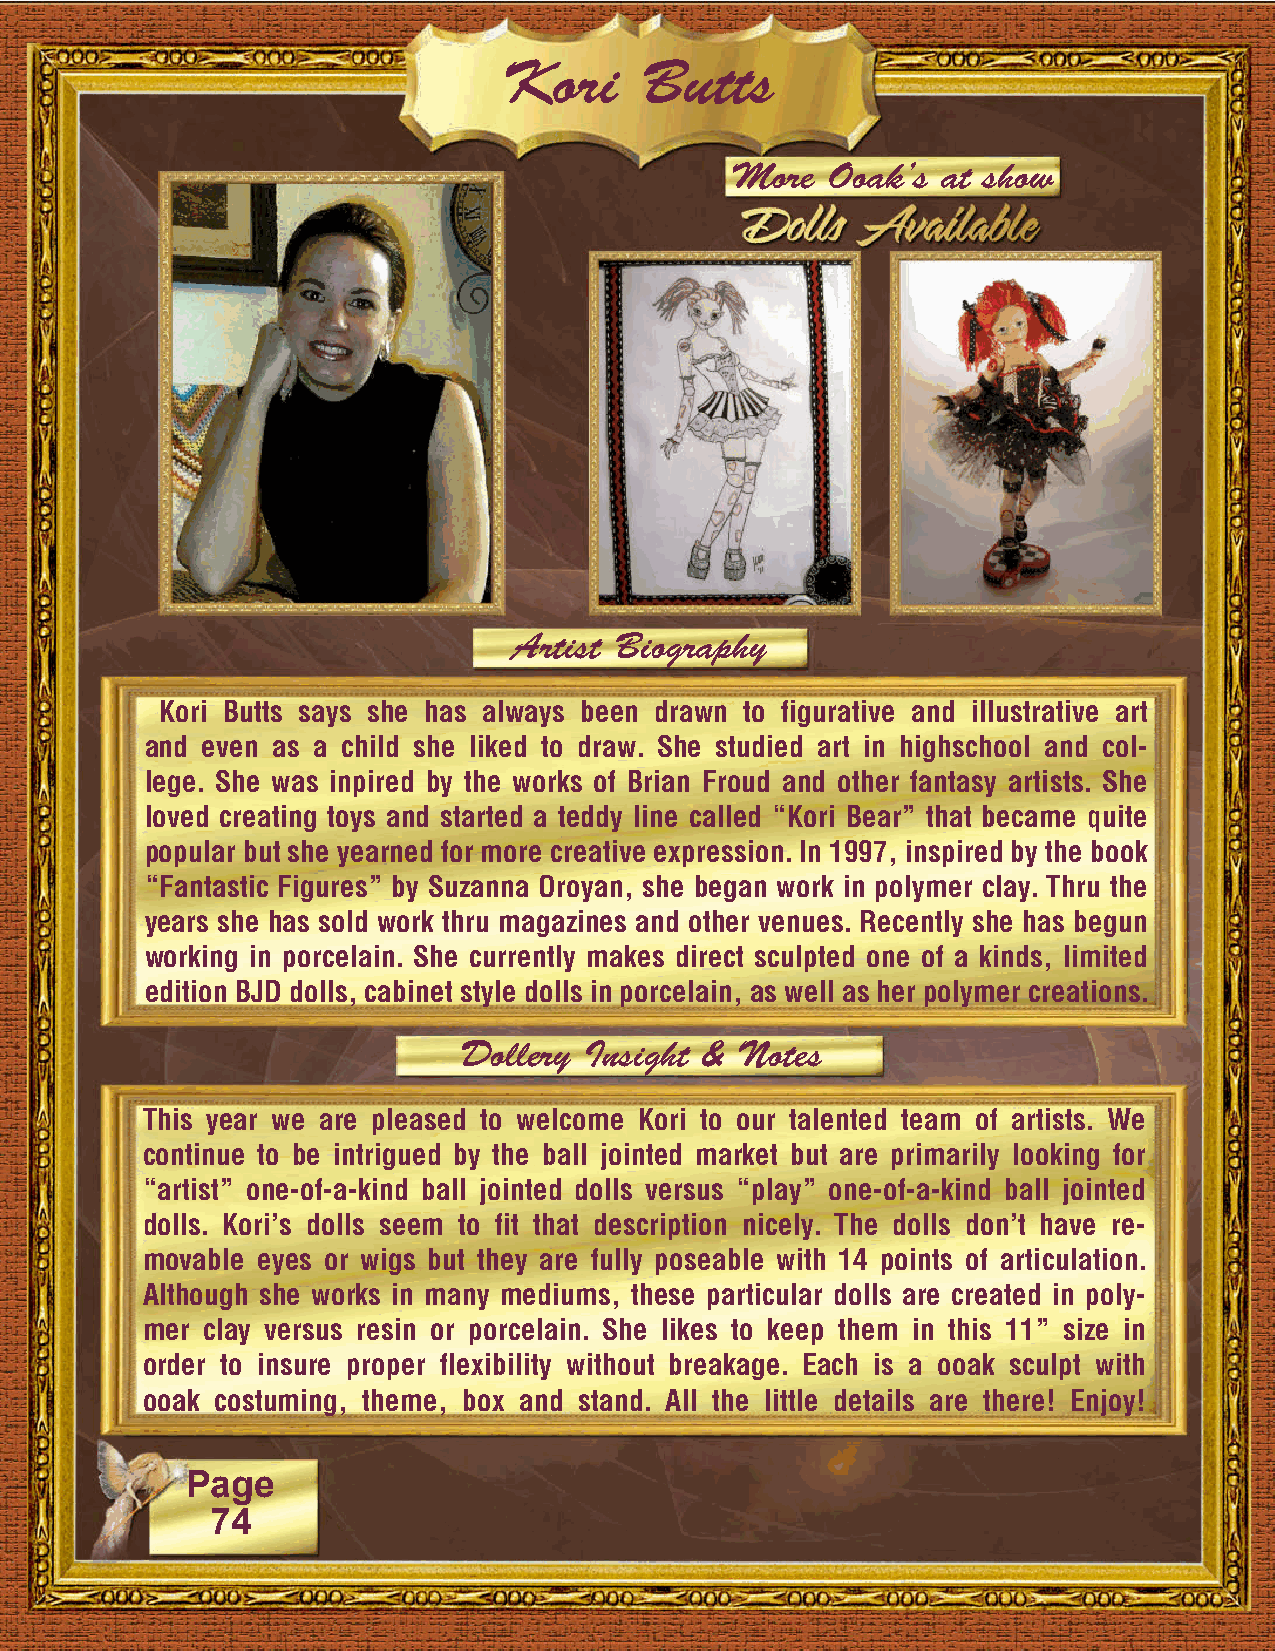
Kori     Butts
 More   Ooak’s at show
 Artist Biography
 Kori Butts says she has always been drawn to figurative and illustrative art
 and even as a child she liked to draw. She studied art in highschool and col-
 lege. She was inpired by the works of Brian Froud and other fantasy artists. She
 loved creating toys and started a teddy line called “Kori Bear” that became quite
 popular but she yearned for more creative expression. In 1997, inspired by the book
 “Fantastic Figures” by Suzanna Oroyan, she began work in polymer clay. Thru the
 years she has sold work thru magazines and other venues. Recently she has begun
 working in porcelain. She currently makes direct sculpted one of a kinds, limited
 edition BJD dolls, cabinet style dolls in porcelain, as well as her polymer creations.
 Dollery  Insight & Notes
 This year we are pleased to welcome Kori to our talented team of artists. We
 continue to be intrigued by the ball jointed market but are primarily looking for
 “artist” one-of-a-kind ball jointed dolls versus “play” one-of-a-kind ball jointed
 dolls. Kori’s dolls seem to fit that description nicely. The dolls don’t have re-
 movable eyes or wigs but they are fully poseable with 14 points of articulation.
 Although she works in many mediums, these particular dolls are created in poly-
 mer clay versus resin or porcelain. She likes to keep them in this 11” size in
 order to insure proper flexibility without breakage. Each is a ooak sculpt with
 ooak costuming, theme, box and stand. All the little details are there! Enjoy!
 Page
 74